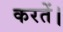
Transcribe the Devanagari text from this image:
करतें।